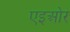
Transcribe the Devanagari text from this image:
एइओर